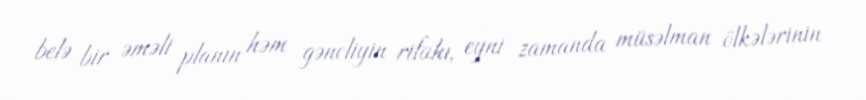
belə bir əməli planın həm gəncliyin rifahı, eyni zamanda müsəlman ölkələrinin